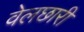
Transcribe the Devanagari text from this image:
वेलछारी